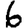
Digit: 6